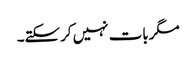
مگربات نہیں کرسکتے۔